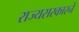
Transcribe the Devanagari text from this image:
राज्यसरकारने